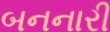
બનનારી